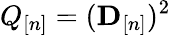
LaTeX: Q_{[n]}=({\mathbf D}_{[n]})^{2}